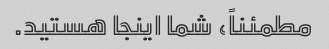
مطمئناً، شما اینجا هستید.